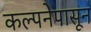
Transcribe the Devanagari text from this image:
कल्पनेपासून